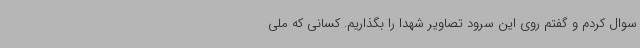
سوال کردم و گفتم روی این سرود تصاویر شهدا را بگذاریم. کسانی که ملی